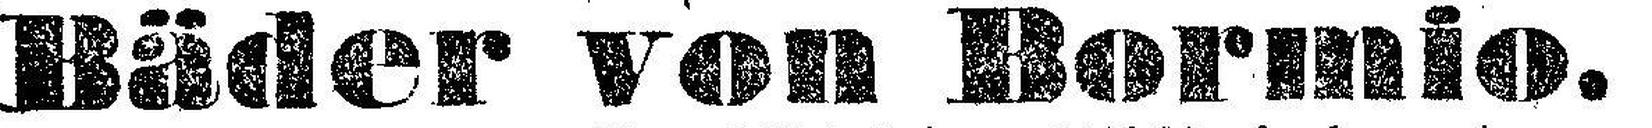
Bäder von Bormio.